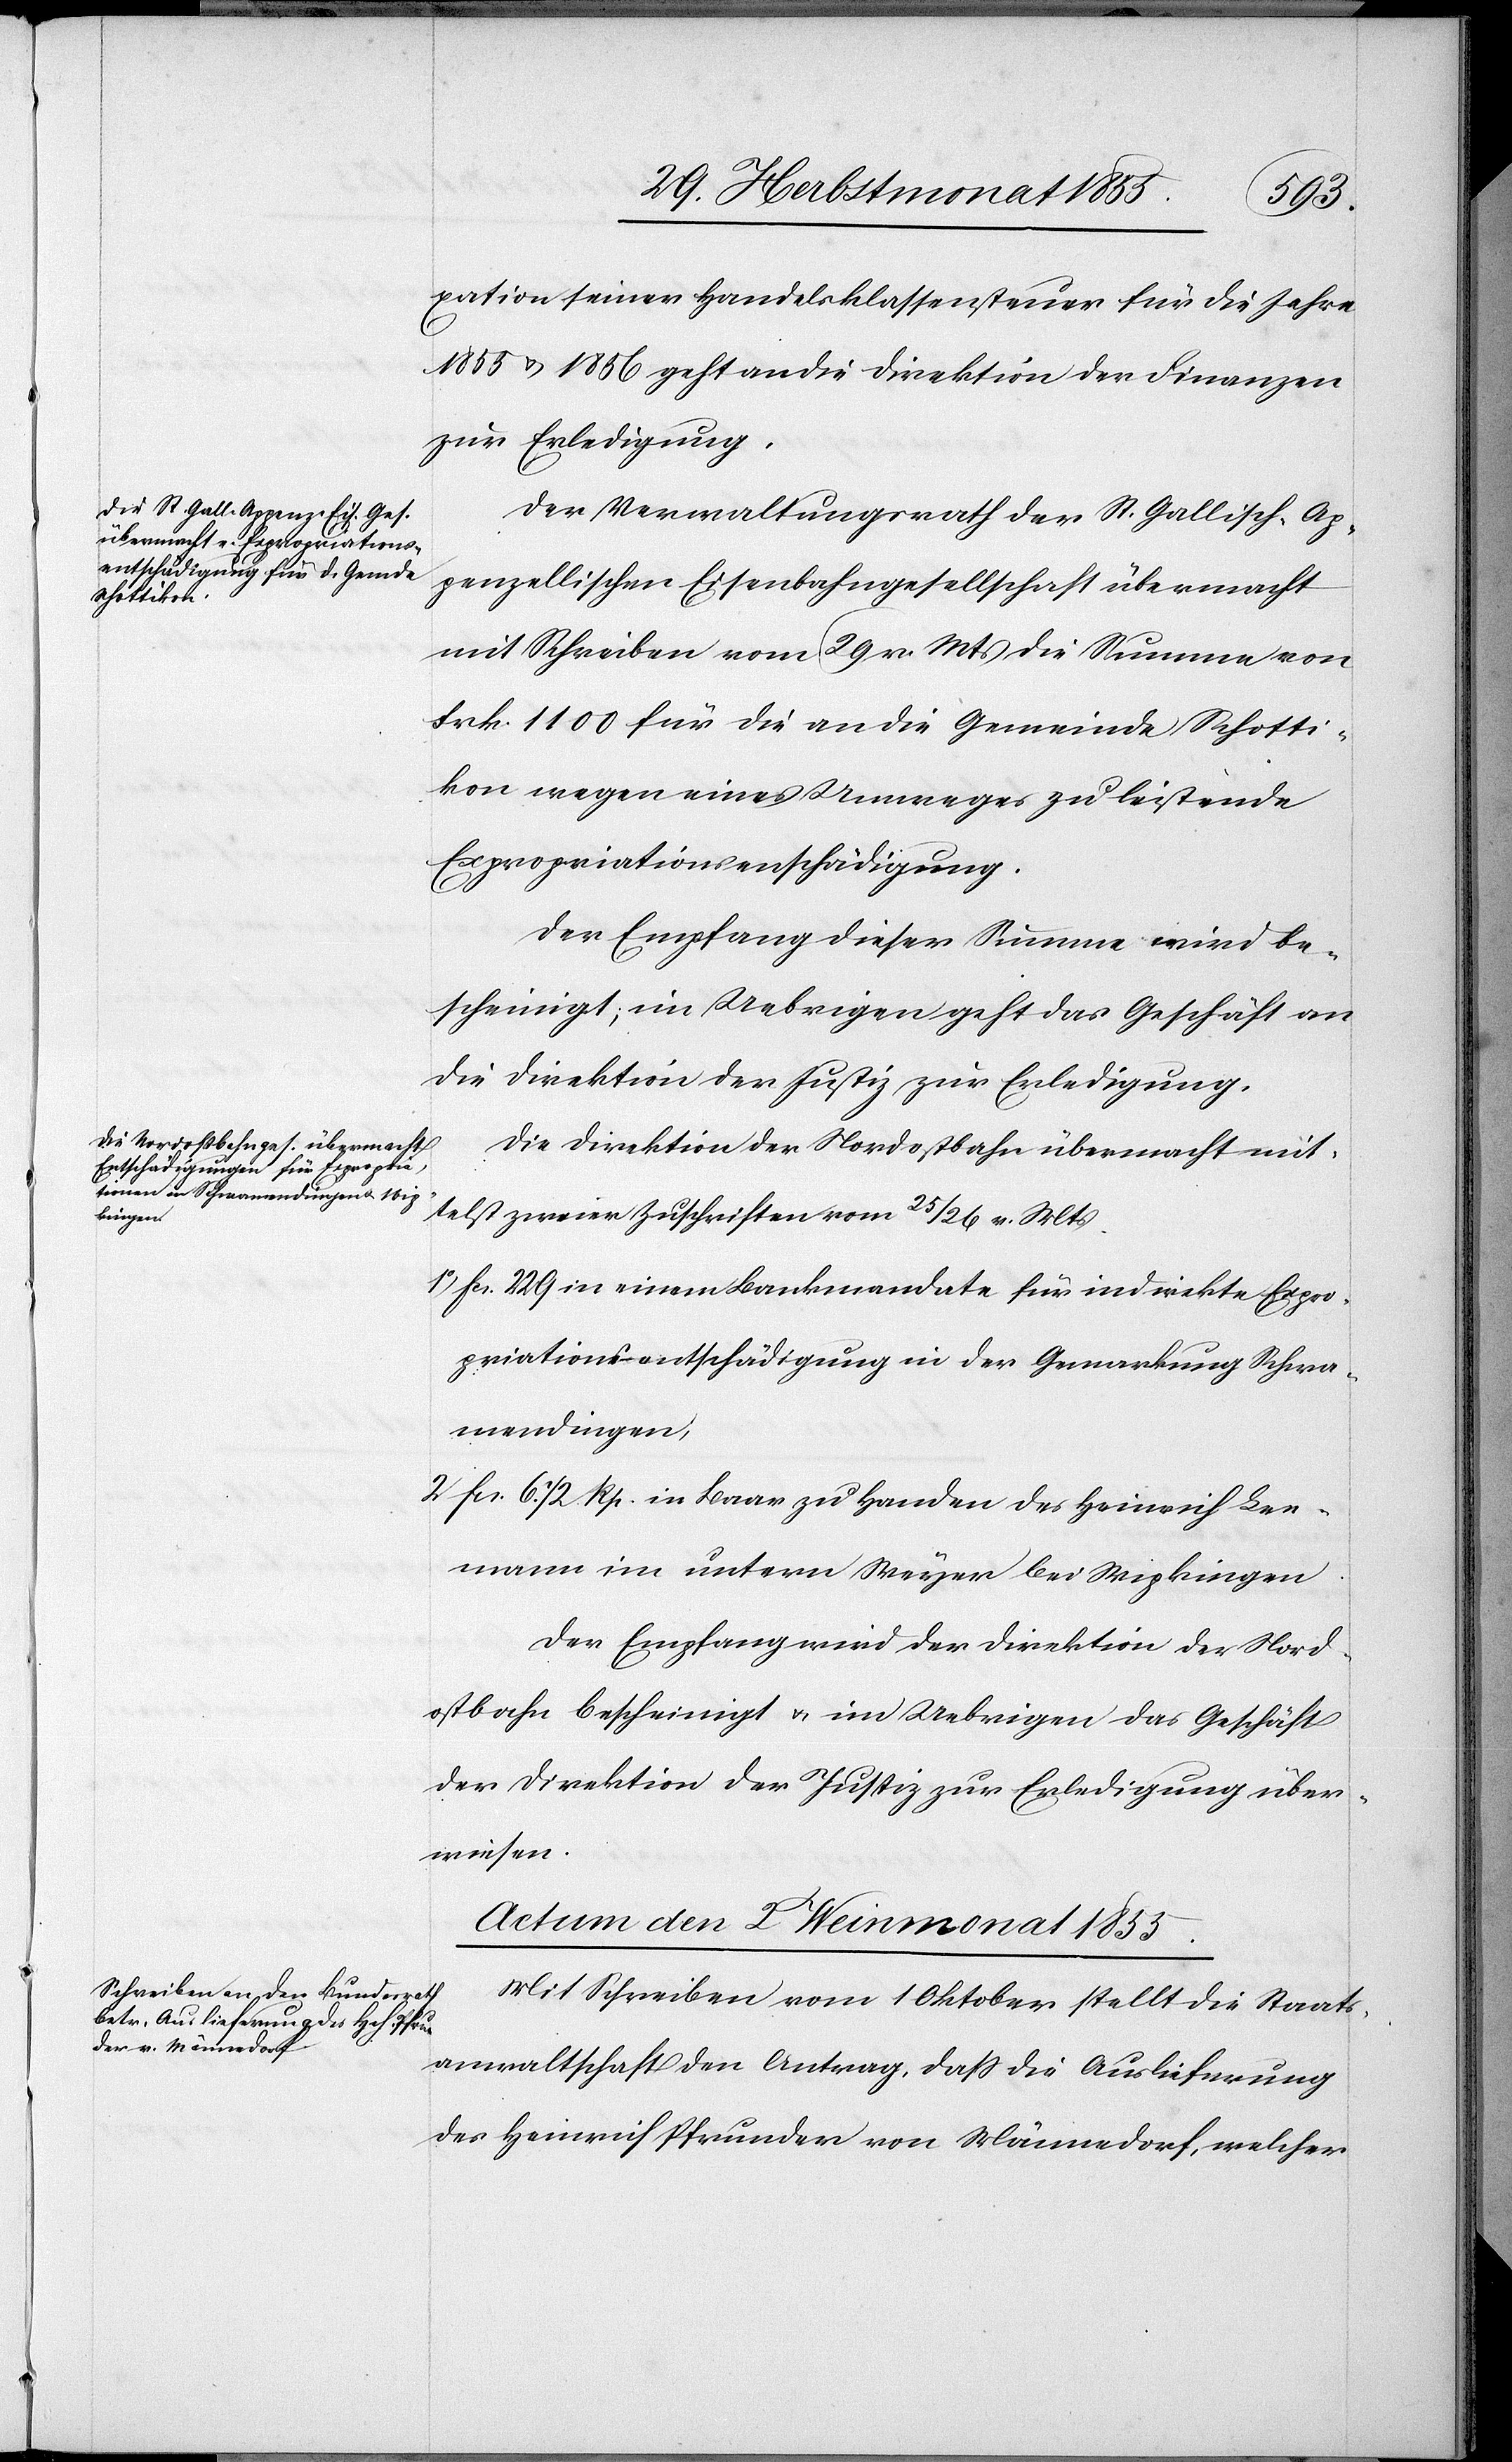
xation seiner Handelsklassensteuer für die Jahre
1855 & 1856 geht an die Direktion der Finanzen
zur Erledigung.
Der Verwaltungsrath der St. Gallisch-Ap¬
penzellischen Eisenbahngesellschaft übermacht
mit Schreiben vom 29 v. Mts die Summe von
Frk. 1100 für die an die Gemeinde Schotti¬
kon wegen eines Umweges zu leistende
Expropriationsentschädigung.
Der Empfang dieser Summe wird be¬
scheinigt; im Uebrigen geht das Geschäft an
die Direktion der Justiz zur Erledigung.
Die Direktion der Nordostbahn übermacht mit¬
telst zweier Zuschriften vom 25 / 26 v. Mts
Fcs. 229 in einem Bankmandate für indirekte Expro¬
priationsentschädigung in der Gemarkung Schwa¬
mendingen;
Fcs. 6. 72. Rp. in Baar zu Handen des Heinrich Lee¬
mann im untern Weyer bei Wipkingen.
Der Empfang wird der Direktion der Nord¬
ostbahn bescheinigt & im Uebrigen das Geschäft
der Direktion der Justiz zur Erledigung über¬
wiesen.
Actum den 2 Weinmonat 1855.
Mit Schreiben vom 1 Oktober stellt die Staats¬
anwaltschaft den Antrag, dass die Auslieferung
des Heinrich Pfrunder von Männedorf, welcher